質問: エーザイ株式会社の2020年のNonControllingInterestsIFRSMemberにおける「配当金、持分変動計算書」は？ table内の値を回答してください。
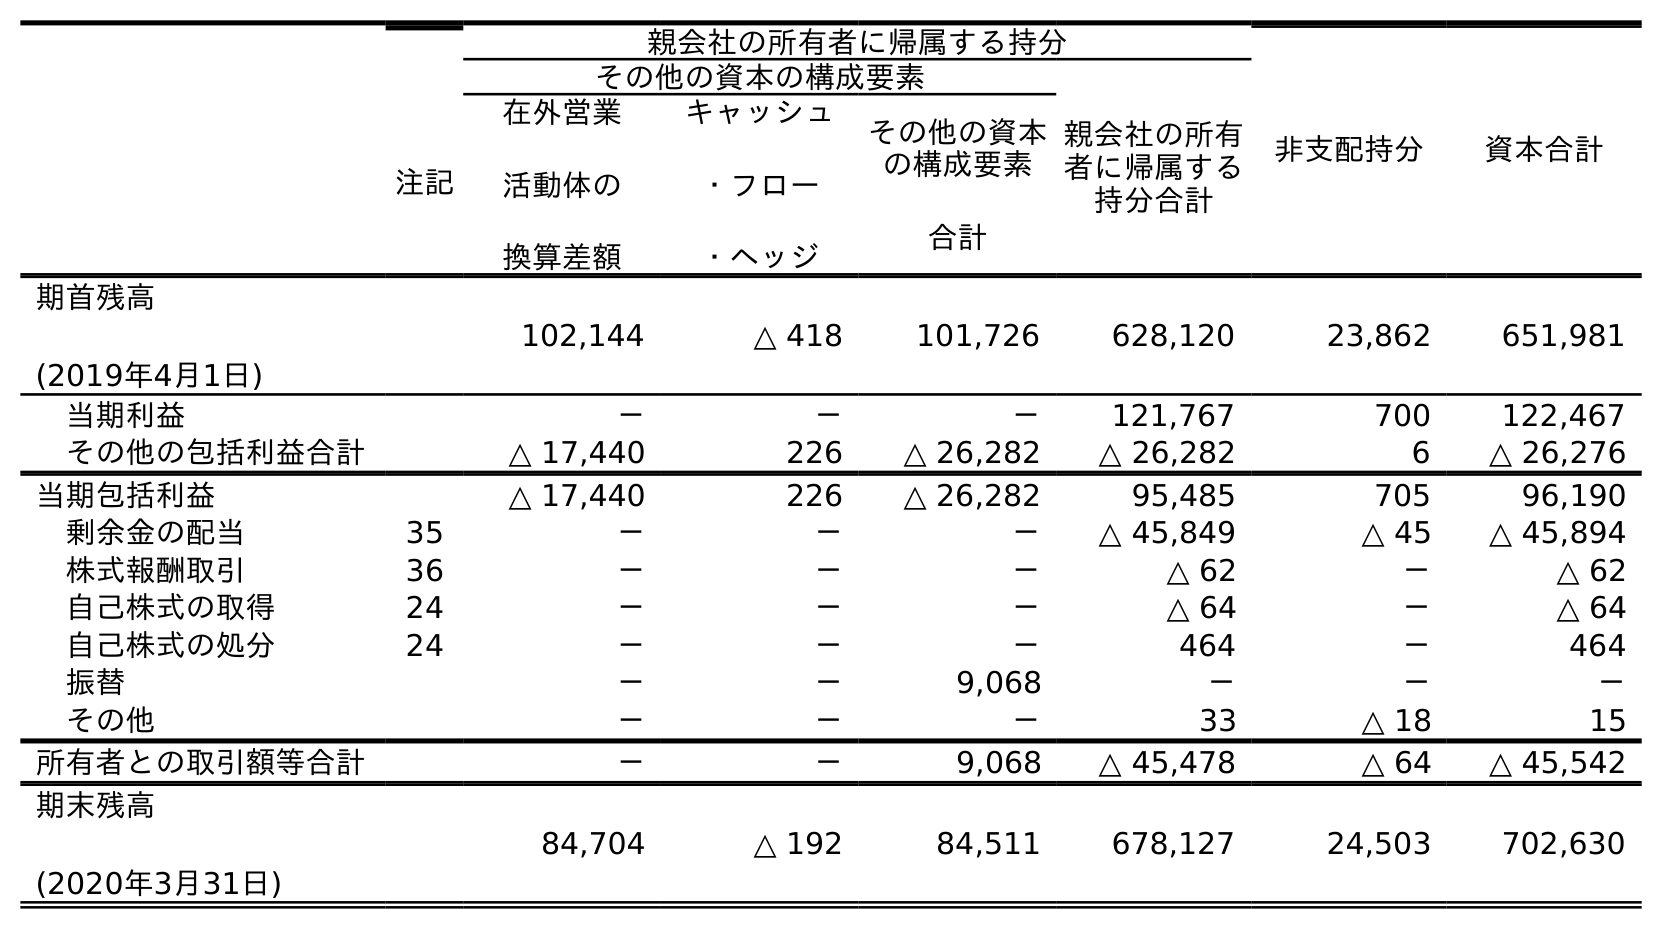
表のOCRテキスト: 注記 親会社の所有者に帰属する持分 非支配持分 資本合計 その他の資本の構成要素 親会社の所有 者に帰属する 持分合計 在外営業 活動体の 換算差額 キャッシュ ・フロー ・ヘッジ その他の資本 の構成要素 合計 期首残高 (2019年4月1日) 102,144 △ 418 101,726 628,120 23,862 651,981 当期利益 － － － 121,767 700 122,467 その他の包括利益合計 △ 17,440 226 △ 26,282 △ 26,282 6 △ 26,276 当期包括利益 △ 17,440 226 △ 26,282 95,485 705 96,190 剰余金の配当 35 － － － △ 45,849 △ 45 △ 45,894 株式報酬取引 36 － － － △ 62 － △ 62 自己株式の取得 24 － － － △ 64 － △ 64 自己株式の処分 24 － － － 464 － 464 振替 － － 9,068 － － － その他 － － － 33 △ 18 15 所有者との取引額等合計 － － 9,068 △ 45,478 △ 64 △ 45,542 期末残高 (2020年3月31日) 84,704 △ 192 84,511 678,127 24,503 702,630
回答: △45